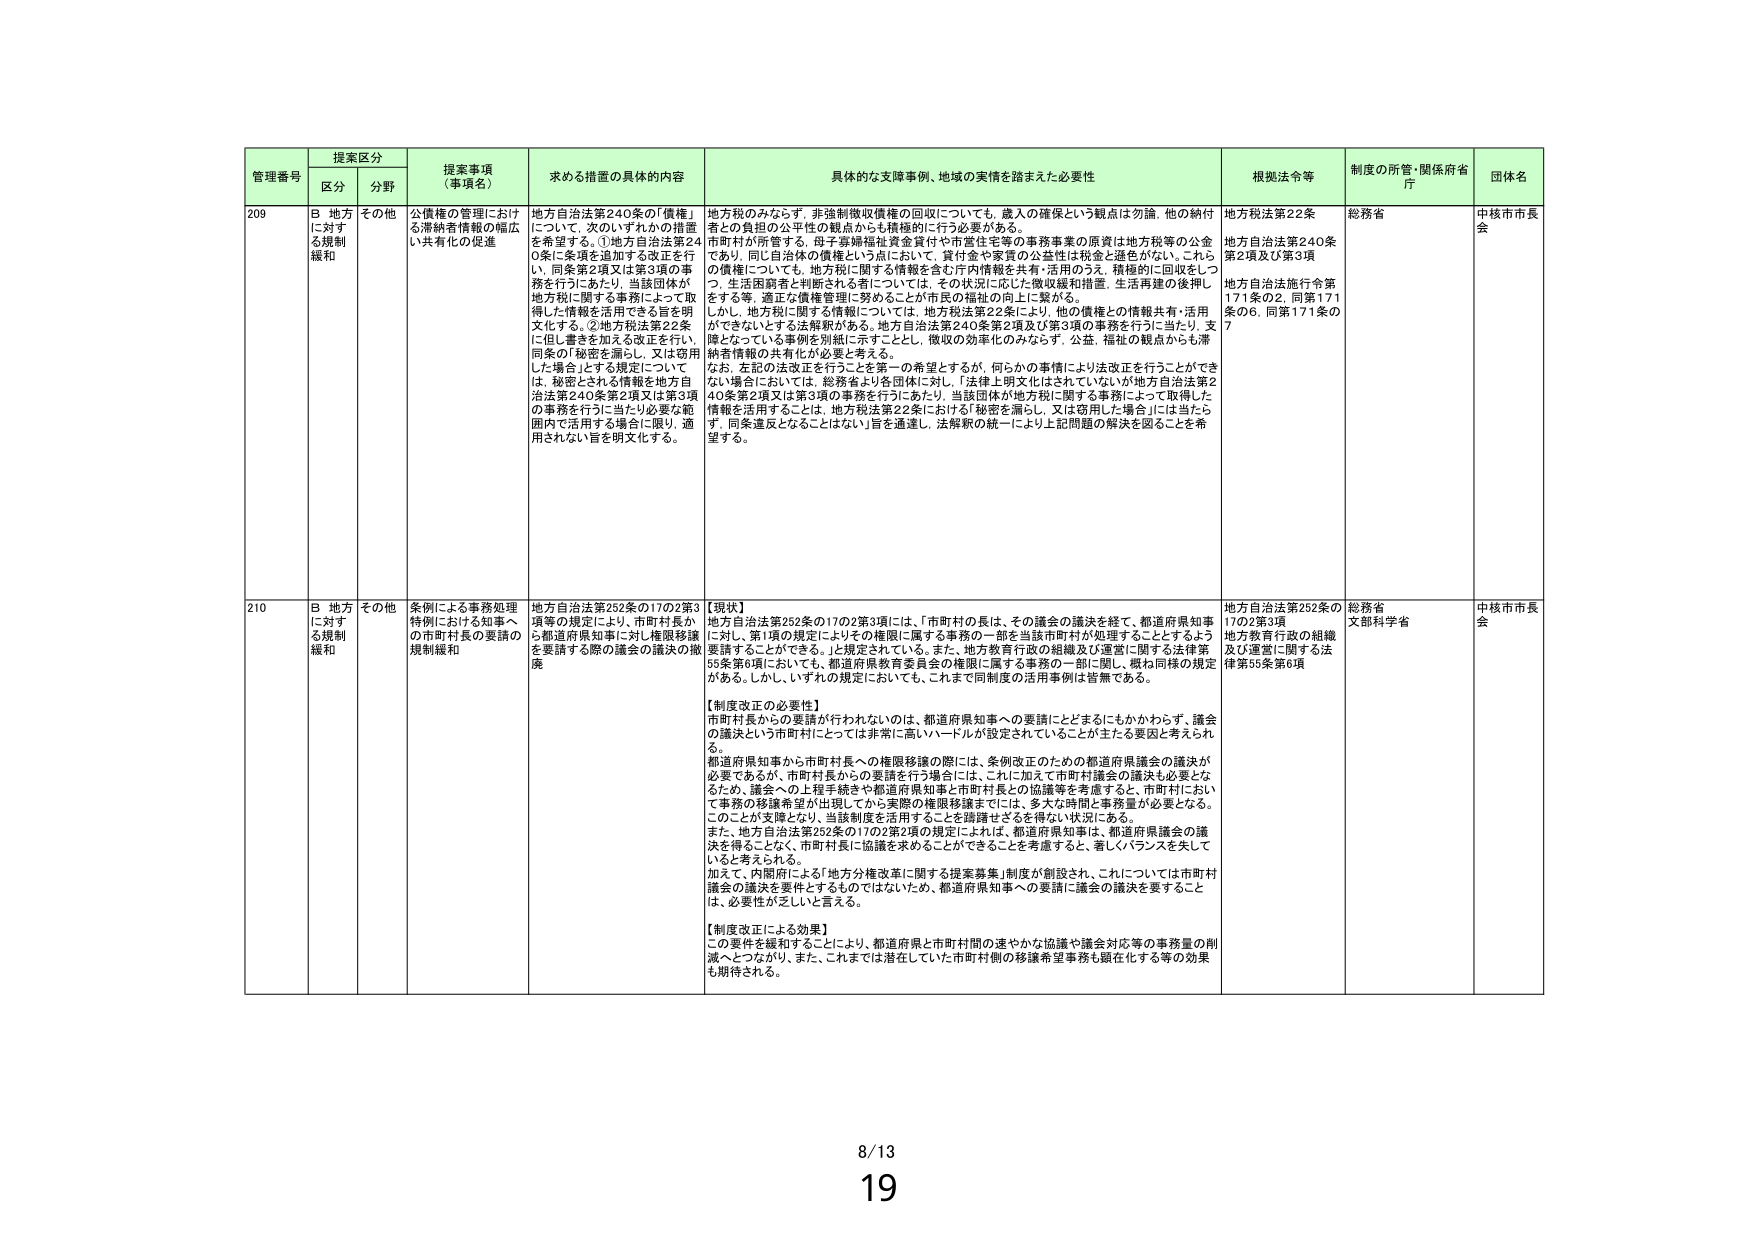
管理番号 提案区分 提案事項（事項名） 求める措置の具体的内容 具体的な支援事例、地域の実情を踏まえた必要性 根拠法令等 制度の所管・関係府省庁 団体名
区分 分野
209 B 地方に対する規制緩和 その他 公債権の管理における滞納者情報の幅広い共有化の促進 地方自治法第240条の「債権」について、次のいずれかの措置を希望する。①地方自治法第240条に条項を追加する改正を行い、同条第2項又は第3項の事務を行うにあたり、当該団体が地方税に関する事務によって取得した情報を活用できる旨を明文化する。②地方税法第22条に但し書きを加える改正を行い、同条の「秘密を漏らし、又は窃用した場合」とする規定について、は、秘密とされる情報を地方自治法第240条第2項又は第3項の事務を行うに当たり必要な範囲内で活用する場合に限り、適用されない旨を明文化する。 地方税のみならず、非強制徴収債権の回収についても、歳入の確保という観点は勿論、他の納付者との負担の公平性の観点からも積極的に行う必要がある。市町村が所管する、母子寡婦福祉資金貸付や市営住宅等の事務事業の原資は地方税等の公金であり、同じ自治体の債権という点において、貸付金や家賃の公益性は税金と遜色がない。これらの債権については、地方税に関する情報を含む庁内情報を共有・活用のうえ、積極的に回収をしつつ、生活困窮者と判断される者については、その状況に応じた徴収緩和措置、生活再建の後押しをする等、適正な債権管理に努めることが市民の福祉の向上に繋がる。しかし、地方税に関する情報については、地方税法第22条により、他の債権との情報共有・活用ができないとする法解釈がある。地方自治法第240条第2項及び第3項の事務を行うに当たり、支障となっている事例を別紙に示すこととし、徴収の効率化のみならず、公益、福祉の観点からも滞納者情報の共有化が必要と考える。なお、左記の法改正を行うことを第一の希望とするが、何らかの事情により法改正を行うことができない場合においては、総務省より各団体に対し、「法律上明文化はされていないが地方自治法第240条第2項又は第3項の事務を行うにあたり、当該団体が地方税に関する事務によって取得した情報を活用することは、地方税法第22条における「秘密を漏らし、又は窃用した場合」には当たらず、同条違反となることはない」旨を通達し、法解釈の統一により上記問題の解決を図ることを希望する。 地方税法第22条 地方自治法第240条第2項及び第3項 地方自治法施行令第171条の2、同第171条の6、同第171条の7 総務省 中核市市長会
210 B 地方に対する規制緩和 その他 条例による事務処理特例における知事への市町村長の要請の規制緩和 地方自治法第252条の17の2第3項等の規定により、市町村長から都道府県知事に対し権限移譲を要請する際の議会の議決の撤廃 【現状】地方自治法第252条の17の2第3項には、「市町村の長は、その議会の議決を経て、都道府県知事に対し、第1項の規定によりその権限に属する事務の一部を当該市町村が処理することとするよう要請することができる。」と規定されている。また、地方教育行政の組織及び運営に関する法律第55条第6項においても、都道府県教育委員会の権限に属する事務の一部に関し、概ね同様の規定がある。しかし、いずれの規定においても、これまで同制度の活用事例は皆無である。【制度改正の必要性】市町村長からの要請が行われないのは、都道府県知事への要請にとどまにもかかわらず、議会の議決という市町村にとっては非常に高いハードルが設定されていることが主たる要因と考えられる。都道府県知事から市町村長への権限移譲の際には、条例改正のための都道府県議会の議決が必要であるが、市町村長からの要請を行う場合には、これに加えて市町村議会の議決も必要となるため、議会への上程手続きや都道府県知事と市町村長との協議等を考慮すると、市町村において事務の移譲希望が出現してから実際の権限移譲までには、多大な時間と事務量が必要となる。このことが支障となり、当該制度を活用することを躊躇せざるを得ない状況にある。また、地方自治法第252条の17の2第2項の規定によれば、都道府県知事は、都道府県議会の議決を得ることなく、市町村長に協議を求めることができるこを考慮すると、著しくバランスを失していると考えられる。加えて、内閣府による「地方分権改革に関する提案募集」制度が創設され、これについては市町村議会の議決を要件とするものではないため、都道府県知事への要請に議会の議決を要することは、必要性が乏しいと言える。【制度改正による効果】この要件を緩和することにより、都道府県と市町村間の速やかな協議や議会対応等の事務量の削減へとつながり、また、これまでは潜在していた市町村側の移譲希望事務も顕在化する等の効果も期待される。 地方自治法第252条の17の2第3項 地方教育行政の組織及び運営に関する法律第55条第6項 総務省 文部科学省 中核市市長会
8/13
19